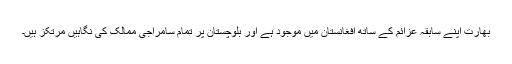
بھارت اپنے سابقہ عزائم کے ساتھ افغانستان میں موجود ہے اور بلوچستان پر تمام سامراجی ممالک کی نگاہیں مرتکز ہیں۔